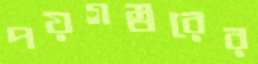
পয়গম্বরের